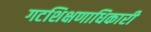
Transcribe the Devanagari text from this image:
गटशिक्षणाधिकारी